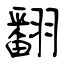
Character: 翻